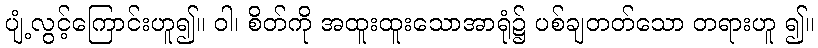
ပျံ့လွင့်ကြောင်းဟူ၍။ ဝါ၊ စိတ်ကို အထူးထူးသောအာရုံ၌ ပစ်ချတတ်သော တရားဟူ ၍။